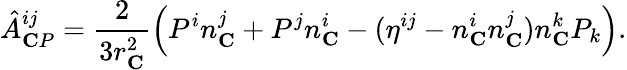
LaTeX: \hat{A}_{\mathbf CP}^{ij}=\frac{2}{3r_{\mathbf C}^{2}}\left(P^{i}n_{\mathbf C}^{j}+P^{j}n_{\mathbf C}^{i}-(\eta^{ij}-n_{\mathbf C}^{i}n_{\mathbf C}^{j})n_{\mathbf C}^{k}P_{k}\right).